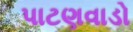
પાટણવાડો